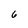
Character: 6